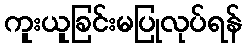
ကူးယူခြင်းမပြုလုပ်ရန်